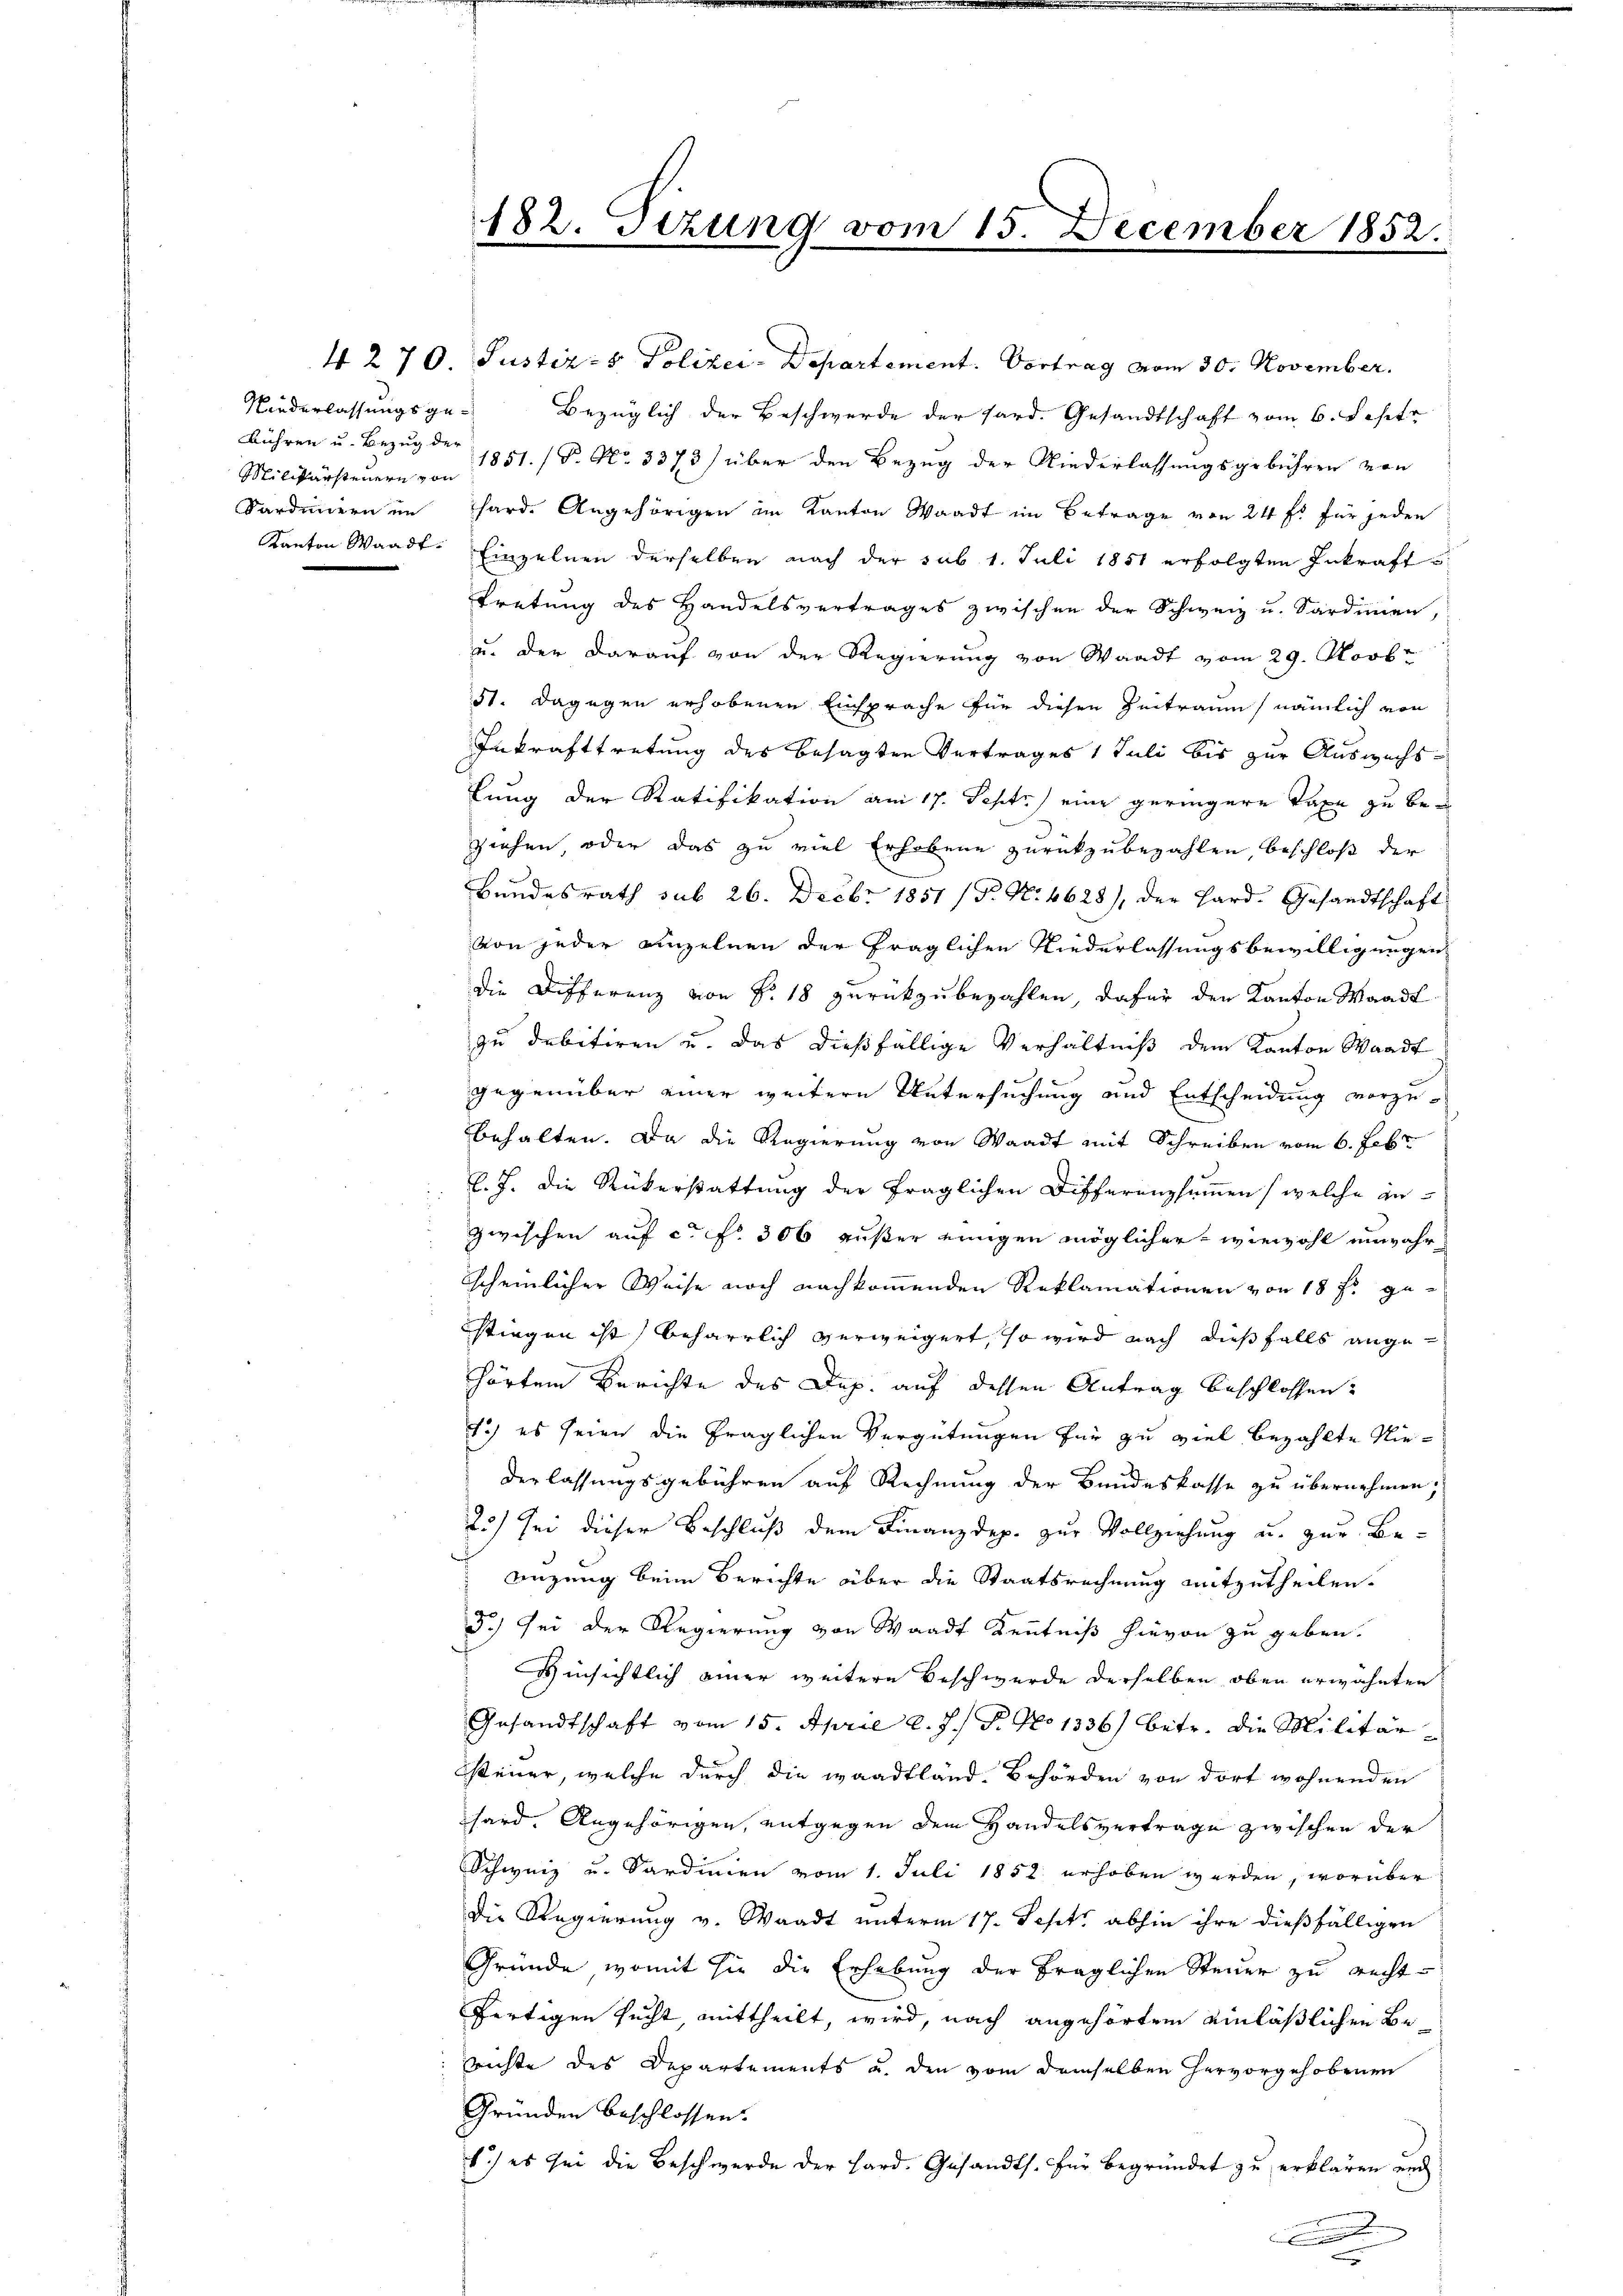
Niederlassungsge¬
Bühren u. Bezug der
Militärsteuern von

182. Stzung vom 15. December 1852.

4270. Justiz- & Polizei-Departement. Vortrag vom 30. November.
Bezüglich der Beschwerde der Hard. Gesandtschaft vom 6. Septe
1851. / P. No. 3373) über den Bezug der Niederlassungsgebühren von
Sardiniern im Thard. Angehörigen im Kanton Waadt im Betrage von 24 f. für jeden
Kanton Waadt. Einzelnen derselben nach der sub 1. Juli 1851 erfolgten Inkraft
tretung des Handelsvertrages zwischen der Schweiz u. Sardinien,
u. der darauf von der Regierung von Waadt vom 29. Novbr
31. Dagegen erhobenen Einsprache für diesen Zeitraum, nämlich von
Inkrafttretung des besagten Vertrages 1 Juli bis zur Auswechslung der Ratifikation am 17. Septz) eine geringere Taxe zu beziehen, oder das zu viel Erhobene zurückzubezahlen, beschloß der
Bundesrath sub 26. Decbr 1851 (T. N. 4628), der Hard. Gesandtschaft
von jeder einzelnen der fraglichen Niederlassungsbewilligungen
die Differenz von §. 18 zurückzubezahlen, dafür den Kanton Waadt
zu debitiren u. das dießfällige Verhältniß dem Kanton Waadt
gegenüber einer weitere Untersuchung und Entscheidung vorzu-
behalten. Da die Regierung von Waadt mit Schreiben vom 6. Febr
 l. J. die Rükerstattung der fraglichen Differenzsummen (welche gezwischen auf c. fr. 306 außer einigen möglicher - wiewohl unwahrscheinlicher Weise noch nachkommenden Reklamationen von 18 f: gestiegen ist) beharrlich verweigert, so wird nach dießfalls angehörtem Berichte des Dep. auf dessen Antrag beschlossen:
1.) es seien die fraglichen Vergütungen für zu viel bezahlte Niederlassungsgebühren auf Rechnung der Bundeskasse zu übernehmen,
25) Sei dieser Beschluß dem Finanzdep. zur Vollziehung u. zur Beenzung beim Berichte über die Staatsrechnung mitzutheilen.
3.) Sei der Regierung von Waadt Kenntniß hievon zu geben.
Hinsichtlich einer weitere Beschwerde derselben oben erwähnten
Gesandtschaft vom 15. April l. J. P. No 1336) betr. die Militär-
steuer, welche durch die waadtländ. Behörden von dort wohnenden
hard. Angehörigen, entgegen dem Handelsvertrage zwischen der
Schweiz u. Sardinien vom 1. Juli 1852 erhoben werden, worüber
Die Regierung v. Waadt unterm 17. Sept. abhin ihre dießfälligen
Gründe, womit sie die Erhebung der fraglichen Steuer zu rechtfertigen sucht, mittheilt, wird, nach angehörtem einläßlichen Berichte des Departements u. den vom demselben hervorgehobenen
Gründen beschlossen:
1.) es sei die Beschwerde der Hard. Gesandts. für begründet zu erklären und
.